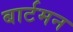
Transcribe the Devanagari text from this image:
बार्टमन